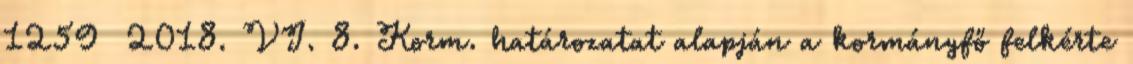
1259 2018. VI. 8. Korm. határozatat alapján a kormányfő felkérte